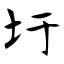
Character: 圩